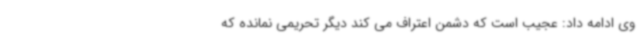
وی ادامه داد: عجیب است که دشمن اعتراف می کند دیگر تحریمی نمانده که